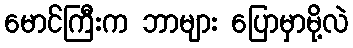
မောင်ကြီးက ဘာများ ပြောမှာမို့လဲ